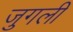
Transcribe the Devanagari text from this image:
जुगली